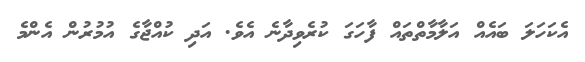
އެކަހަލަ ބައެއް އަލާމާތްތައް ފާހަގަ ކުރެވިދާނެ އެވެ. އަދި ކުއްޖާގެ އުމުރުން އެންމެ